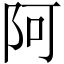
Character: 阿